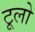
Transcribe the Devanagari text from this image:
टूलो